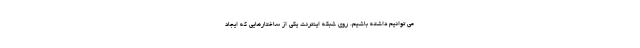
می توانیم داشته باشیم. روی شبکه اینترنت یکی از ساختارهایی که ایجاد